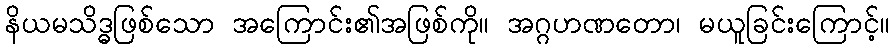
နိယမသိဒ္ဓဖြစ်သော အကြောင်း၏အဖြစ်ကို။ အဂ္ဂဟဏတော၊ မယူခြင်းကြောင့်။